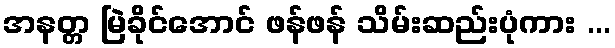
အနတ္တ မြဲခိုင်အောင် ဖန်ဖန် သိမ်းဆည်းပုံကား ...